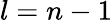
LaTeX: l=n-1